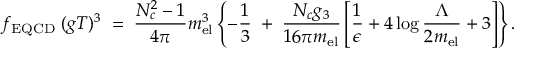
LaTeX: f _ { \mathrm { E Q C D } } \; ( g T ) ^ { 3 } \; = \; { \frac { N _ { c } ^ { 2 } - 1 } { 4 \pi } } m _ { \mathrm { e l } } ^ { 3 } \left\{ - { \frac { 1 } { 3 } } \; + \; { \frac { N _ { c } g _ { 3 } } { 1 6 \pi m _ { \mathrm { e l } } } } \left[ { \frac { 1 } { \epsilon } } + 4 \log { \frac { \Lambda } { 2 m _ { \mathrm { e l } } } } + 3 \right] \right\} .